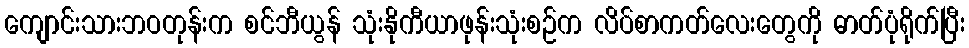
ကျောင်းသားဘဝတုန်းက စင်ဘီယွန် သုံးနိုကီယာဖုန်းသုံးစဉ်က လိပ်စာကတ်လေးတွေကို ဓာတ်ပုံရိုက်ပြီး